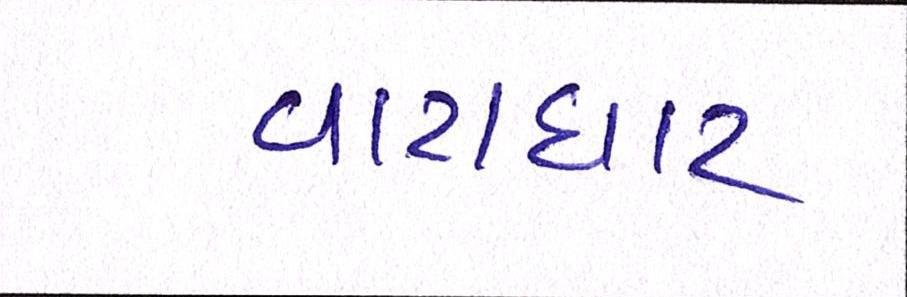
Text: વાટાઘાટ